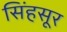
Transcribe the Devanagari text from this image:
सिंहसूर